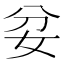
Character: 𡛑